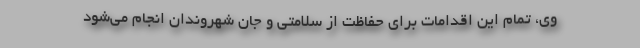
وی، تمام این اقدامات برای حفاظت از سلامتی و جان شهروندان انجام می‌شود